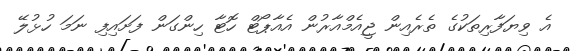
އެ ވިޔަފާރިތަކުގެ ތެރެއިން ޖީއެމްއާރުން އެއާޕޯޓް ހޮޓާ ހިންގަން ފަށައިފި ނަމަ ހުޅުލޭ